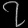
Digit: ၇